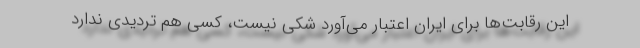
این رقابت‌ها برای ایران اعتبار می‌آورد شکی نیست، کسی هم تردیدی ندارد